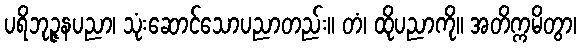
ပရိဘုဉ္ဇနပညာ၊ သုံးဆောင်သောပညာတည်း။ တံ၊ ထိုပညာကို။ အတိက္ကမိတွာ၊